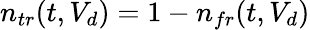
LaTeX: n_{tr}(t,V_{d})=1-n_{fr}(t,V_{d})